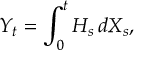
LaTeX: Y _ { t } = \int _ { 0 } ^ { t } H _ { s } \, d X _ { s } ,